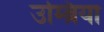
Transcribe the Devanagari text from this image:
उम्ब्रिया